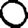
Digit: 0